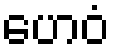
ဟေဝံ